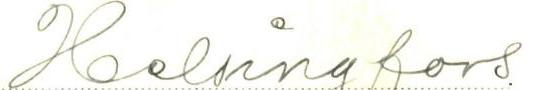
Helsingfors